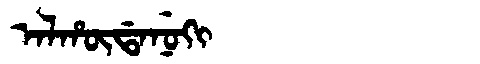
Manchu: ᠠᠯᡥᡡᡩᠠᠨᡠᡴᡳ
Romanization: ALHŪDANUKI